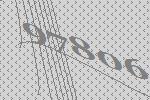
97806